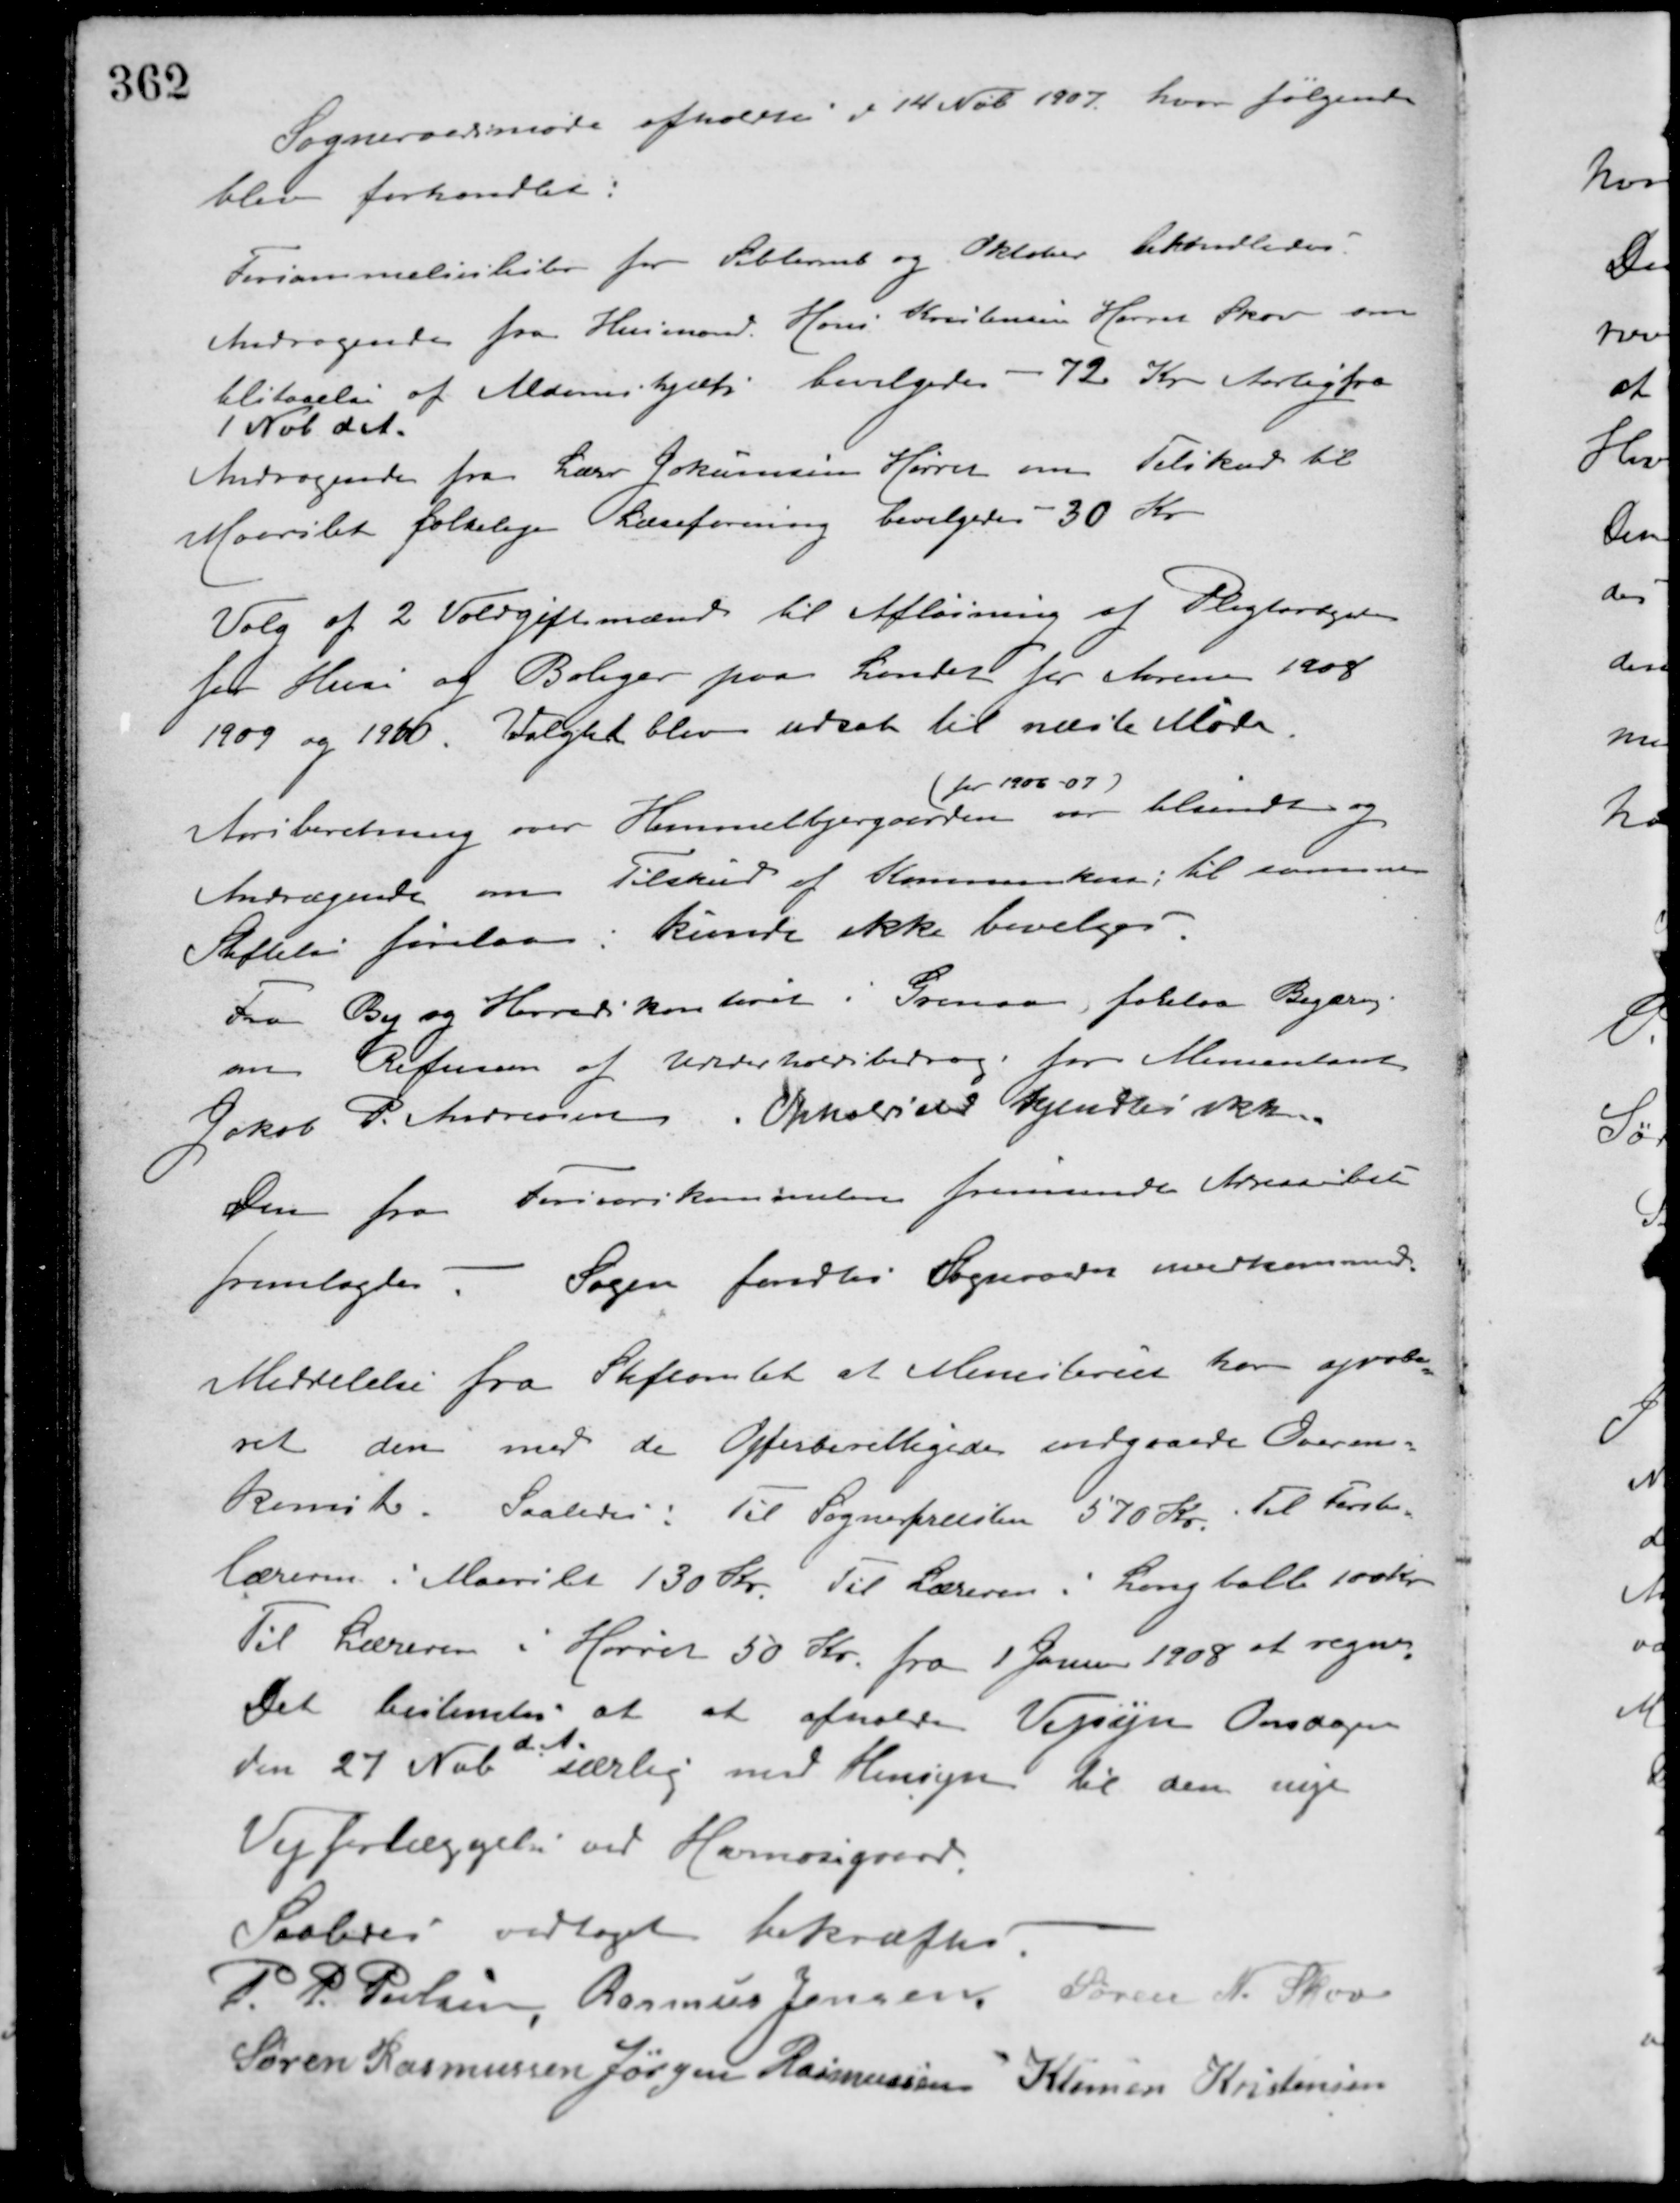
Transskription:
Sogneraadsmøde afholdtes d 14 Nob. 1907 hvor følgende
blev forhandlet:
Forsømmelseslister for Sebtember og Oktober behandledes.
Andragende fra Husmand Hans Kristensen Hørret Skov om
tilstaaelse af Alderdomshjælp bevilgedes - 72 Kr. Aarlig fra
1 Nob. d. A.
Andragende fra Lærer Jokumsen Hørret om Tilskud til
Maarslet folkelige Læseforening bevilgedes - 30 Kr.
Valg af 2 Voldgiftsmænd til Afløsning af Pligtarbejder
for Huse og Boliger paa Landet for Aarerne 1908
1909 og 1910. Valgtet blev udsat til næste Møde.
Aarsberetning over Himmelbjergaarden
(for 1906-07)
var tilsendt og
Andragende om Tilskud af Kommunekasse; til samme
Stiftelse forelaa, kunde ikke bevilges.
Fra By og Herredskontoret i Grenaa, forelaa Begæring
om Refusion af Underholdsbidrag for Alimentant
Jakob P. Andreasen. Opholdssted kjendtes ikke.
Den fra Forsvarskommelen fremsendte Arvaabet
fremlagdes. - Sagen fandtes Sogneraadet uvedkommende.
Meddelelse fra Stiftamtet at Ministeriet har aprobe-
ret den med de Offerberettigedes indgaaede Overens-
komst. Saaledes: Til Sognepræsten 570 Kr. til Første-
læreren i Maarslet 130 Kr. Til Læreren i Langballe 100 Kr.
Til Læreren i Hørret 50 Kr. fra 1 Januar 1908 at regne.
Det bestemtes at at afholde Vejsyn Onsdagen
den 27 Nob.
d. A.
særlig med Hensyn til den nye
Vejforlæggelse ved Havmosegaard.
Saaledes vedtaget bekræftes.
P. P. Poulsen Rasmus Jensen Søren N. Skov
Søren Rasmussen Jørgen Rasmussen Klemen Kristensen